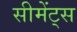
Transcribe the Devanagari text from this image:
सीमेंट्स